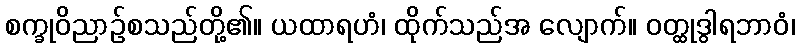
စက္ခုဝိညာဉ်စသည်တို့၏။ ယထာရဟံ၊ ထိုက်သည်အ လျောက်။ ဝတ္ထုဒွါရဘာဝံ၊